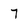
Character: 7